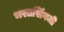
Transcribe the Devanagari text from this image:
भरतसिंगजी